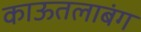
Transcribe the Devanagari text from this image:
काऊतलाबंग